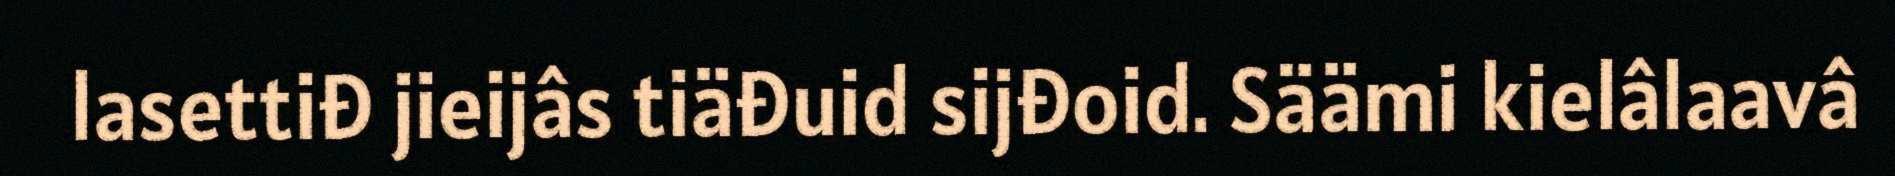
lasettiđ jieijâs tiäđuid sijđoid. Säämi kielâlaavâ